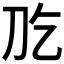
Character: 𠚮